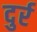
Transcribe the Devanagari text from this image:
दुर्र